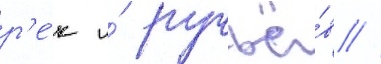
р'е́к и́ ручьё́в //